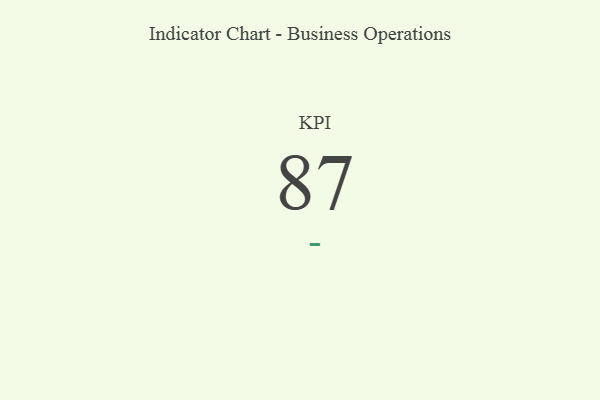
{"axis": {"x": "KPI", "y": "Value"}, "legend": [""], "data": [{"x": "KPI", "y": 87, "type": ""}]}